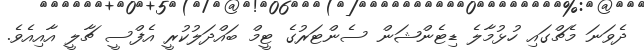
ދެވަނަ މެޗްގައި ހުޅުމާލެ ޑިޓެންޝަން ސެންޓަރުގެ ޓީމް ބައްދަލުކުރީ އެފްސީ ޗާލީ އާއިއެވެ.